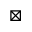
\boxtimes